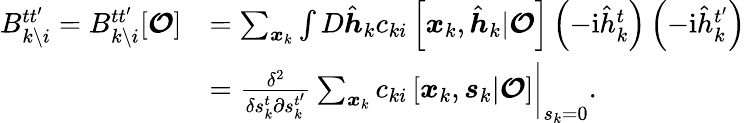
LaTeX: \begin{array}{rl}{B_{k\setminus i}^{tt^{\prime}}=B_{k\setminus i}^{tt^{\prime}}[\boldsymbol{\mathcal{O}}]}&{=\sum_{\boldsymbol{x}_{k}}\int D\hat{\boldsymbol{h}}_{k}c_{ki}\left[\boldsymbol{x}_{k},\hat{\boldsymbol{h}}_{k}|\boldsymbol{\mathcal{O}}\right]\left(-\mathrm{i}\hat{h}_{k}^{t}\right)\left(-\mathrm{i}\hat{h}_{k}^{t^{\prime}}\right)}\\ &{=\left.\frac{\delta^{2}}{\delta s_{k}^{t}\partial s_{k}^{t^{\prime}}}\sum_{\boldsymbol{x}_{k}}c_{ki}\left[\boldsymbol{x}_{k},\boldsymbol{s}_{k}|\boldsymbol{\mathcal{O}}\right]\right|_{s_{k}=0}.}\end{array}